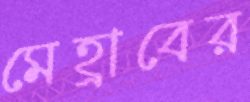
মেহ্রাবের